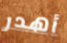
أهدر